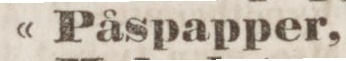
« Påspapper,